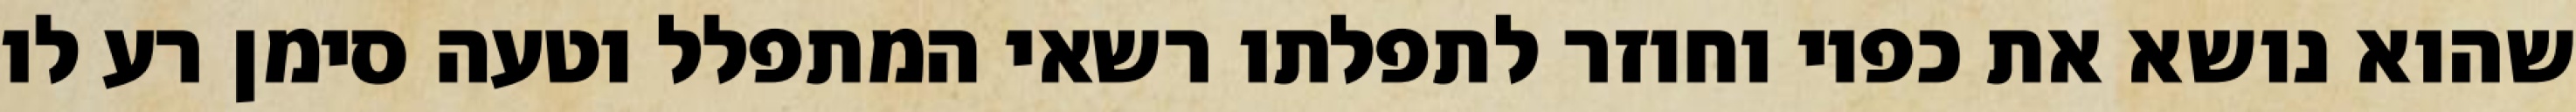
שהוא נושא את כפיו וחוזר לתפלתו רשאי המתפלל וטעה סימן רע לו